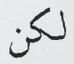
لكن